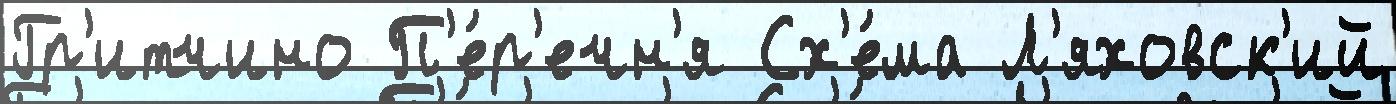
Гр'итчино П'е́р'ечн'я Сх'е́ма Л'яховск'ий